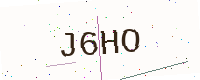
Text: J6HO